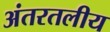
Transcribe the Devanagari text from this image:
अंतरतलीय